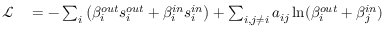
\begin{array} { r l } { \mathcal { L } } & { { } = - \sum _ { i } \left( \beta _ { i } ^ { o u t } s _ { i } ^ { o u t } + \beta _ { i } ^ { i n } s _ { i } ^ { i n } \right) + \sum _ { i , j \neq i } a _ { i j } \ln ( \beta _ { i } ^ { o u t } + \beta _ { j } ^ { i n } ) } \end{array}